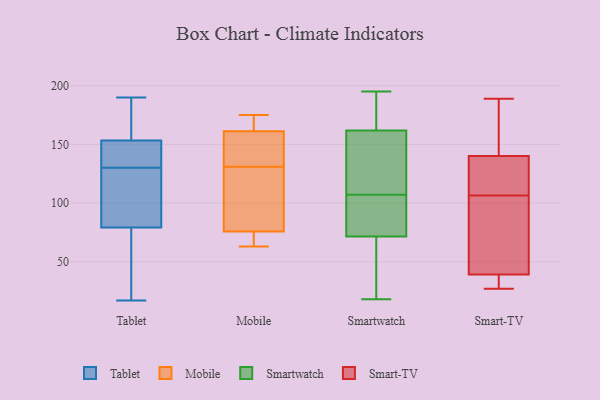
{"axis": {"x": "Humidity (%)", "y": "Value"}, "legend": ["Mobile", "Smart-TV", "Smartwatch", "Tablet"], "data": [{"x": "", "y": 190, "type": "Tablet"}, {"x": "", "y": 17, "type": "Tablet"}, {"x": "", "y": 131, "type": "Tablet"}, {"x": "", "y": 168, "type": "Tablet"}, {"x": "", "y": 86, "type": "Tablet"}, {"x": "", "y": 159, "type": "Tablet"}, {"x": "", "y": 77, "type": "Tablet"}, {"x": "", "y": 117, "type": "Tablet"}, {"x": "", "y": 29, "type": "Tablet"}, {"x": "", "y": 136, "type": "Tablet"}, {"x": "", "y": 130, "type": "Tablet"}, {"x": "", "y": 162, "type": "Mobile"}, {"x": "", "y": 175, "type": "Mobile"}, {"x": "", "y": 152, "type": "Mobile"}, {"x": "", "y": 63, "type": "Mobile"}, {"x": "", "y": 87, "type": "Mobile"}, {"x": "", "y": 124, "type": "Mobile"}, {"x": "", "y": 131, "type": "Mobile"}, {"x": "", "y": 159, "type": "Mobile"}, {"x": "", "y": 167, "type": "Mobile"}, {"x": "", "y": 64, "type": "Mobile"}, {"x": "", "y": 72, "type": "Mobile"}, {"x": "", "y": 70, "type": "Smartwatch"}, {"x": "", "y": 29, "type": "Smartwatch"}, {"x": "", "y": 191, "type": "Smartwatch"}, {"x": "", "y": 92, "type": "Smartwatch"}, {"x": "", "y": 150, "type": "Smartwatch"}, {"x": "", "y": 124, "type": "Smartwatch"}, {"x": "", "y": 18, "type": "Smartwatch"}, {"x": "", "y": 176, "type": "Smartwatch"}, {"x": "", "y": 107, "type": "Smartwatch"}, {"x": "", "y": 76, "type": "Smartwatch"}, {"x": "", "y": 23, "type": "Smartwatch"}, {"x": "", "y": 102, "type": "Smartwatch"}, {"x": "", "y": 161, "type": "Smartwatch"}, {"x": "", "y": 162, "type": "Smartwatch"}, {"x": "", "y": 195, "type": "Smartwatch"}, {"x": "", "y": 115, "type": "Smart-TV"}, {"x": "", "y": 149, "type": "Smart-TV"}, {"x": "", "y": 39, "type": "Smart-TV"}, {"x": "", "y": 140, "type": "Smart-TV"}, {"x": "", "y": 133, "type": "Smart-TV"}, {"x": "", "y": 81, "type": "Smart-TV"}, {"x": "", "y": 189, "type": "Smart-TV"}, {"x": "", "y": 98, "type": "Smart-TV"}, {"x": "", "y": 30, "type": "Smart-TV"}, {"x": "", "y": 27, "type": "Smart-TV"}]}